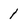
Character: 1